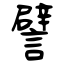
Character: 譬